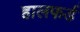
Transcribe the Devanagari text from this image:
हालफर्ड